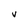
Character: V